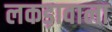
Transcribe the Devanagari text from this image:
लकड़ावाला